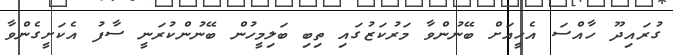
ގުރައިދޫ ހާއްސަ އެހީއަށް ބޭނުންވާ މަރުކަޒުގައި ތިބި ބަލިމީހުން ބޭނުންކުރަނީ ސާފު އެކަށީގެންވާ